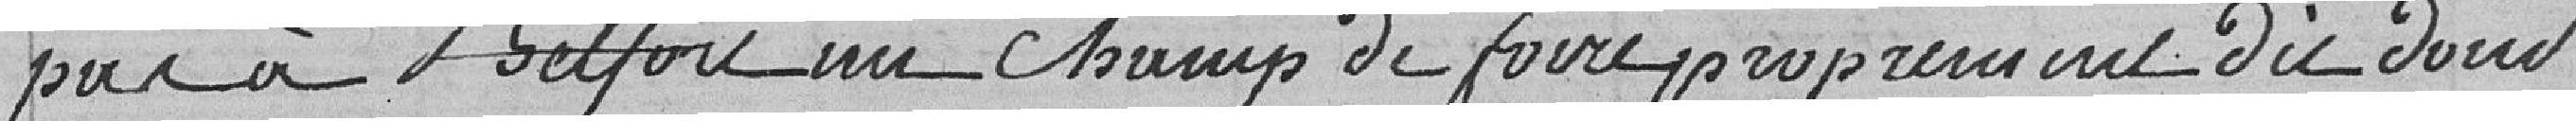
pas à Belfort un champ de foire proprement dit dont